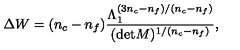
\Delta W = ( n _ { c } - n _ { f } ) \frac { \Lambda _ { 1 } ^ { ( 3 n _ { c } - n _ { f } ) / ( n _ { c } - n _ { f } ) } } { ( \mathrm { d e t } M ) ^ { 1 / ( n _ { c } - n _ { f } ) } } ,